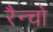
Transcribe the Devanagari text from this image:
रैन्चो